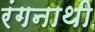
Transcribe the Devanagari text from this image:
रंगनाथी